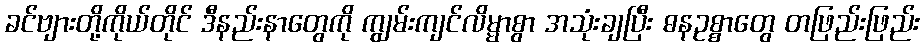
ခင်ဗျားတို့ကိုယ်တိုင် ဒီနည်းနာတွေကို ကျွမ်းကျင်လိမ္မာစွာ အသုံးချပြီး ဓနဥစ္စာတွေ တဖြည်းဖြည်း